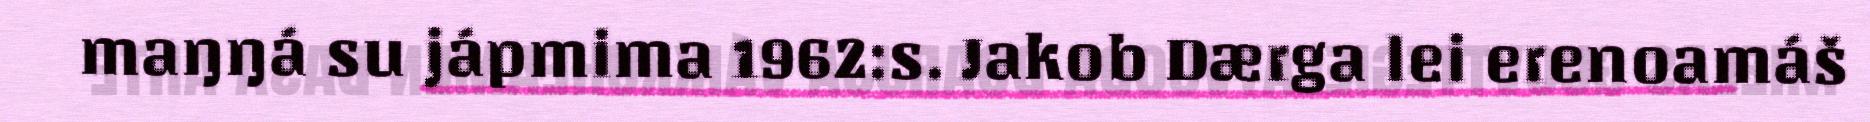
maŋŋá su jápmima 1962:s. Jakob Dærga lei erenoamáš